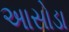
અાસોડા